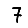
Digit: 7